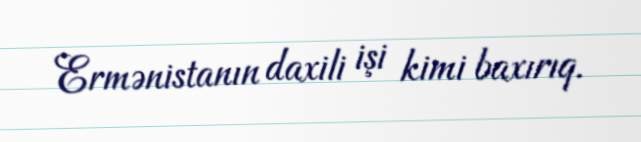
Ermənistanın daxili işi kimi baxırıq.